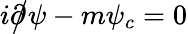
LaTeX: i{\partial\! \! \! {\big/}}\psi-m\psi_{c}=0